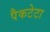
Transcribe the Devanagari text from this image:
पैकटेटा